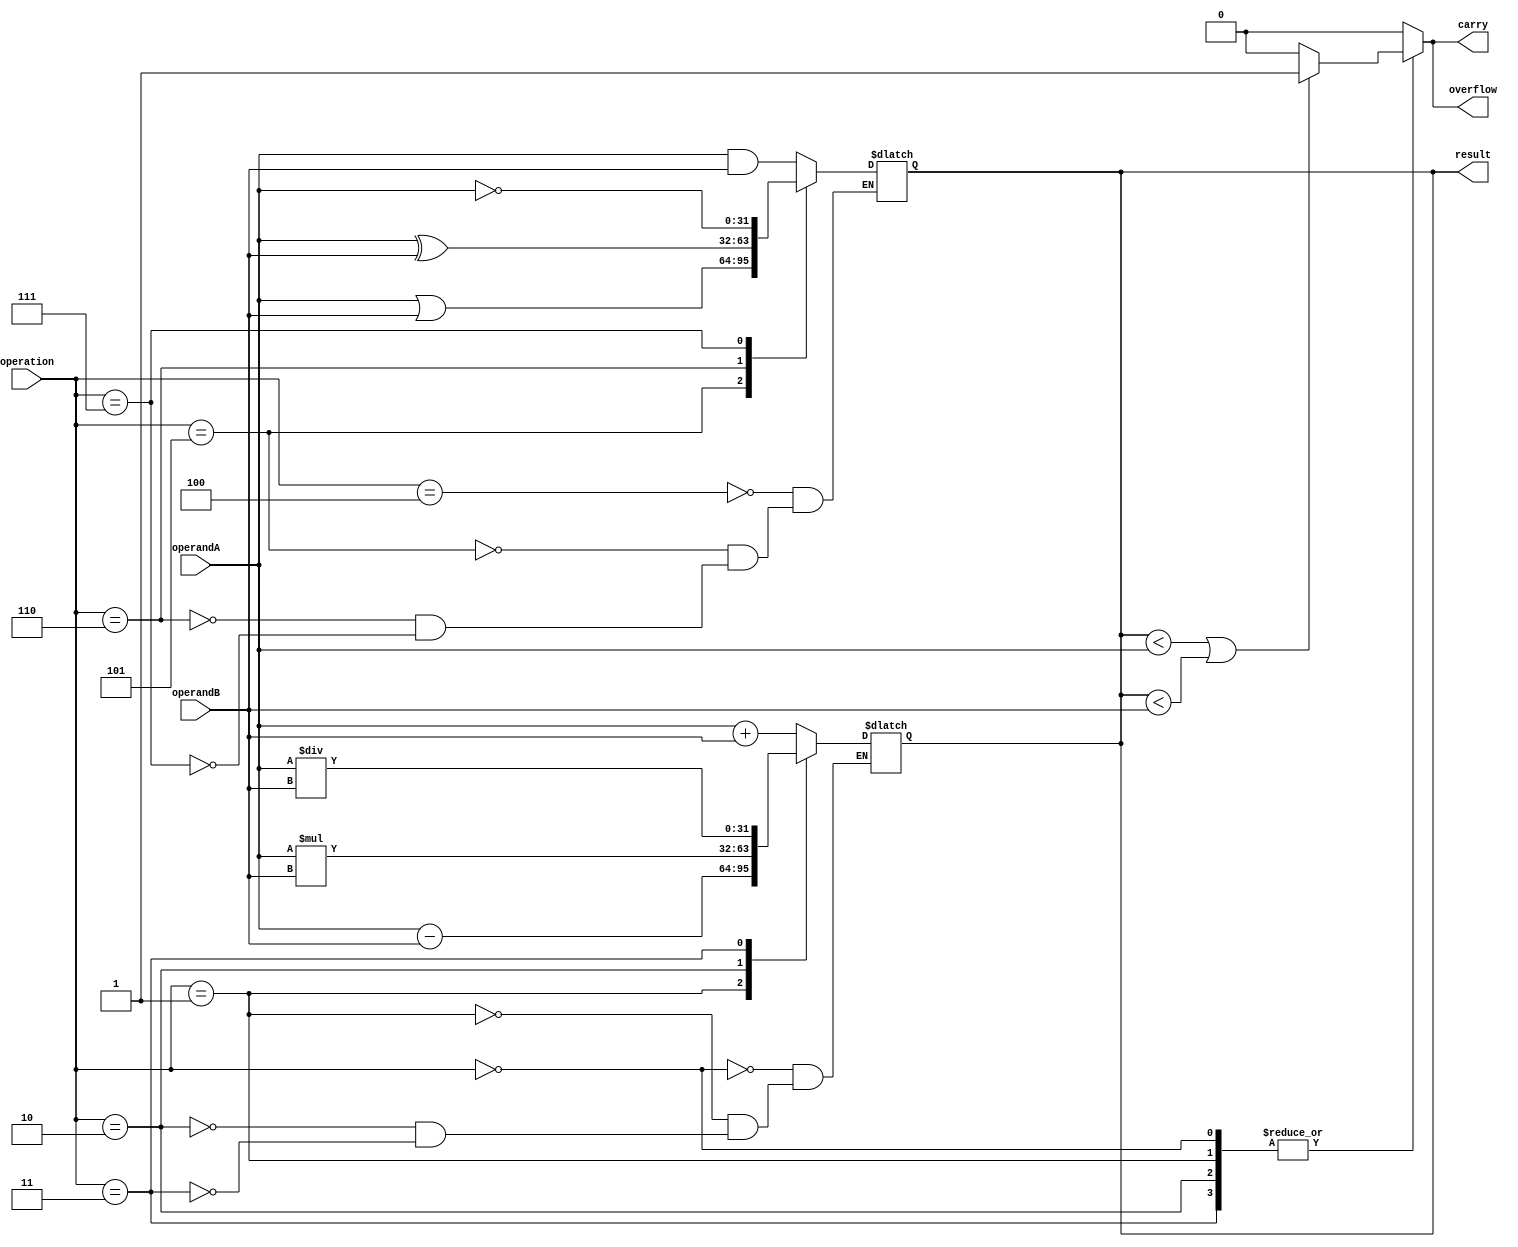
module ALU (
    input [31:0] operandA, operandB,
    input [2:0] operation,
    output reg [31:0] result,
    output reg carry,
    output reg overflow
);

// Arithmetic operations
always @(*)
begin
    case(operation)
        3'b000: result = operandA + operandB; // addition
        3'b001: result = operandA - operandB; // subtraction
        3'b010: result = operandA * operandB; // multiplication
        3'b011: result = operandA / operandB; // division
    endcase
end

// Bitwise operations
always @(*)
begin
    case(operation)
        3'b100: result = operandA & operandB; // bitwise AND
        3'b101: result = operandA | operandB; // bitwise OR
        3'b110: result = operandA ^ operandB; // bitwise XOR
        3'b111: result = ~operandA; // bitwise NOT
    endcase
end

// Overflow and carry handling
always @(*)
begin
    case(operation)
        3'b000, 3'b001, 3'b010, 3'b011: // addition, subtraction, multiplication, division
        begin
            if(result < operandA || result < operandB)
                overflow = 1;
            else
                overflow = 0;
                
            if(result < operandA || result < operandB)
                carry = 1;
            else
                carry = 0;
        end
        
        default:
        begin
            overflow = 0;
            carry = 0;
        end
    endcase
end

endmodule